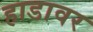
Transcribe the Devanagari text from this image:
हाडावर